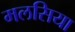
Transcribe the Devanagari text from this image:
मलसिया